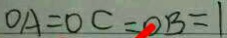
O A = O C = O B = 1